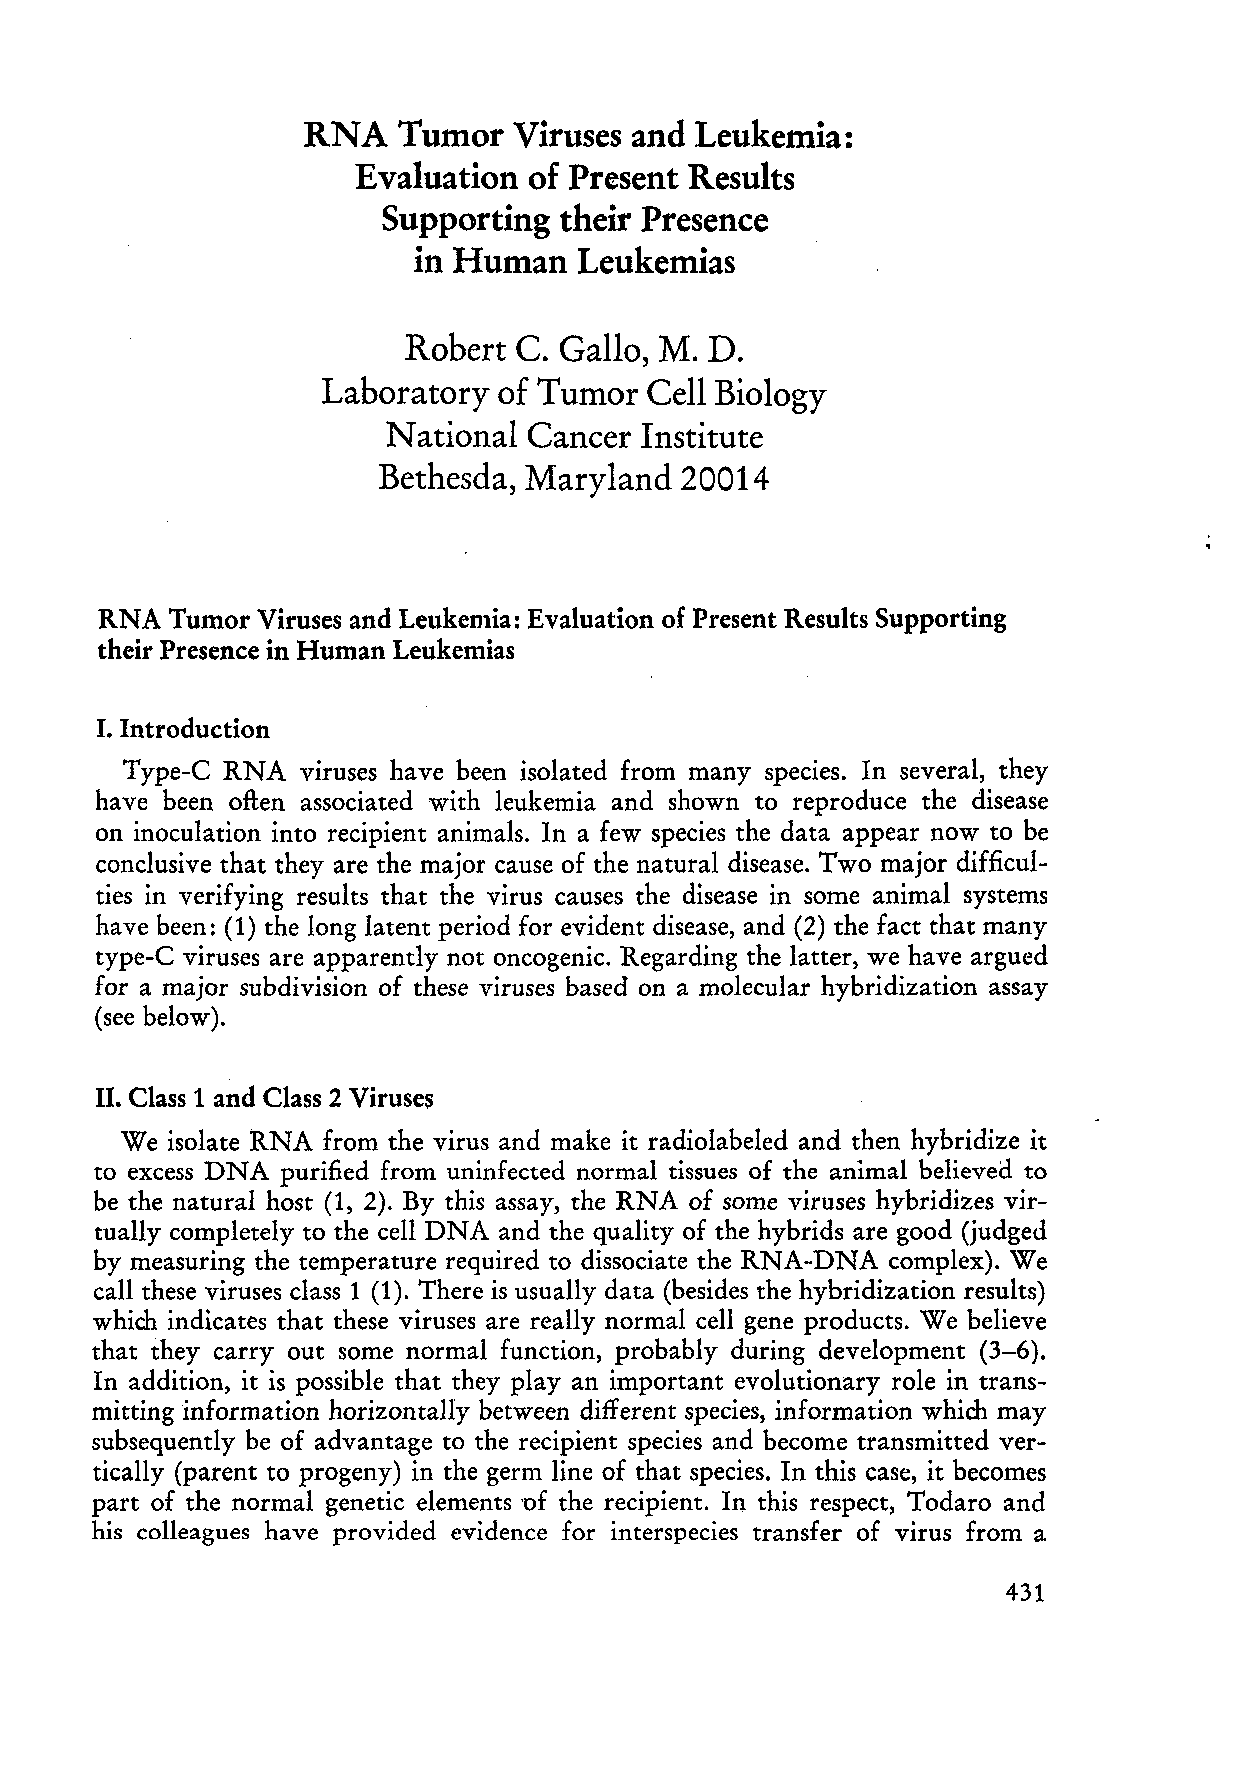
RNA   Tumor   Viruses and Leukemia:
 Evaluation of Present Results
 Supporting  their Presence
 in Human  Leukemias
 Robert C. Gallo, M. D.
 Laboratory  of Tumor  Cell Biology
 National Cancer  Institute
 Bethesda, Maryland  20014
 RNA Tumor Viruses and Leukemia: Evaluation of Present Results Supporting
 their Presence in Human Leukemias
 I. Introduction
 Type-C RNA  viruses have been isolated from many species. In several, they
 have been often associated with leukemia and shown to reproduce the disease
 on inoculation into recipient animals. In a few species the data appear now to be
 condusive that they are the major cause of the natural disease. Two major difficul
 ties in verifying results that the virus causes the disease in so me animal systems
 have been: (1) the long latent period for evident disease, and (2) the fact that many
 type-C viruses are apparently not oncogenic. Regarding the latter, we have argued
 for a major subdivision of these viruses based on a molecular hybridization assay
 (see below).
 11. Class 1 and Class 2 Viruses
 We isolate RNA from the virus and make it radiolabeled and then hybridize it
 to excess DNA purified from uninfected normal tissues of the animal believed to
 be the natural host (1, 2). By this assay, the RNA of some viruses hybridizes vir
 tually completely to the cell DNA and the quality of the hybrids are good (judged
 by measuring the temperature required to dissociate the RNA-DNA complex). We
 call these viruses dass 1 (1). There is usually data (besides the hybridization results)
 which indicates that these viruses are really normal cell gene products. We believe
 that they carry out some normal function, probably during development (3-6).
 In addition, it is possible that they play an important evolutionary role in trans
 mitting information horizontally between different species, information which may
 subsequently be of advantage to the recipient species and become transmitted ver
 tically (parent to progeny) in the germ line of that species. In this case, it becomes
 part of the normal genetic elements 'of the recipient. In this respect, Todaro and
 his colleagues have provided evidence for interspecies transfer of virus from a
 431